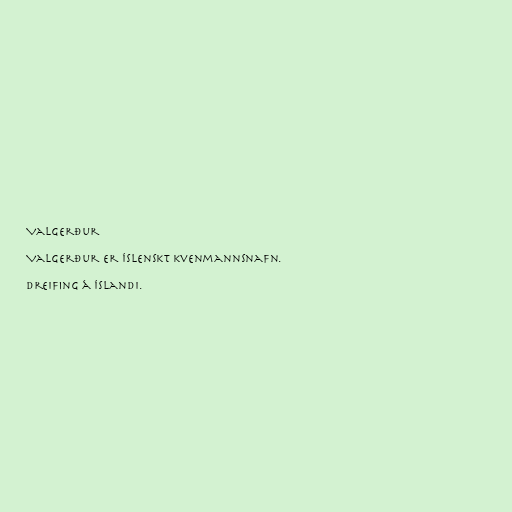
Valgerður

Valgerður er íslenskt kvenmannsnafn.

Dreifing á Íslandi.